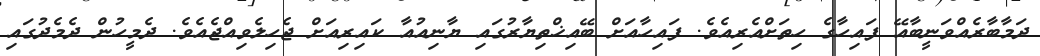
ދަމާބާރެއްވަނީބާއޭ ފައިހާގެ ހިތަށްއެރިއެވެ. ފައިހާއަށް ބޭއިޚްތިޔާރުގައި ޔާނިއުއާ ކައިރިއަށް ޖެހިލެވިއްޖެއެވެ. ދެމީހުން ދެމެދުގައި